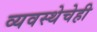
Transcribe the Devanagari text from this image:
व्यवस्थेचेही